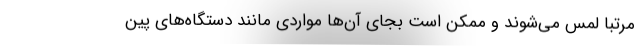
مرتبا لمس می‌شوند و ممکن است بجای آن‌ها مواردی مانند دستگاه‌های پین